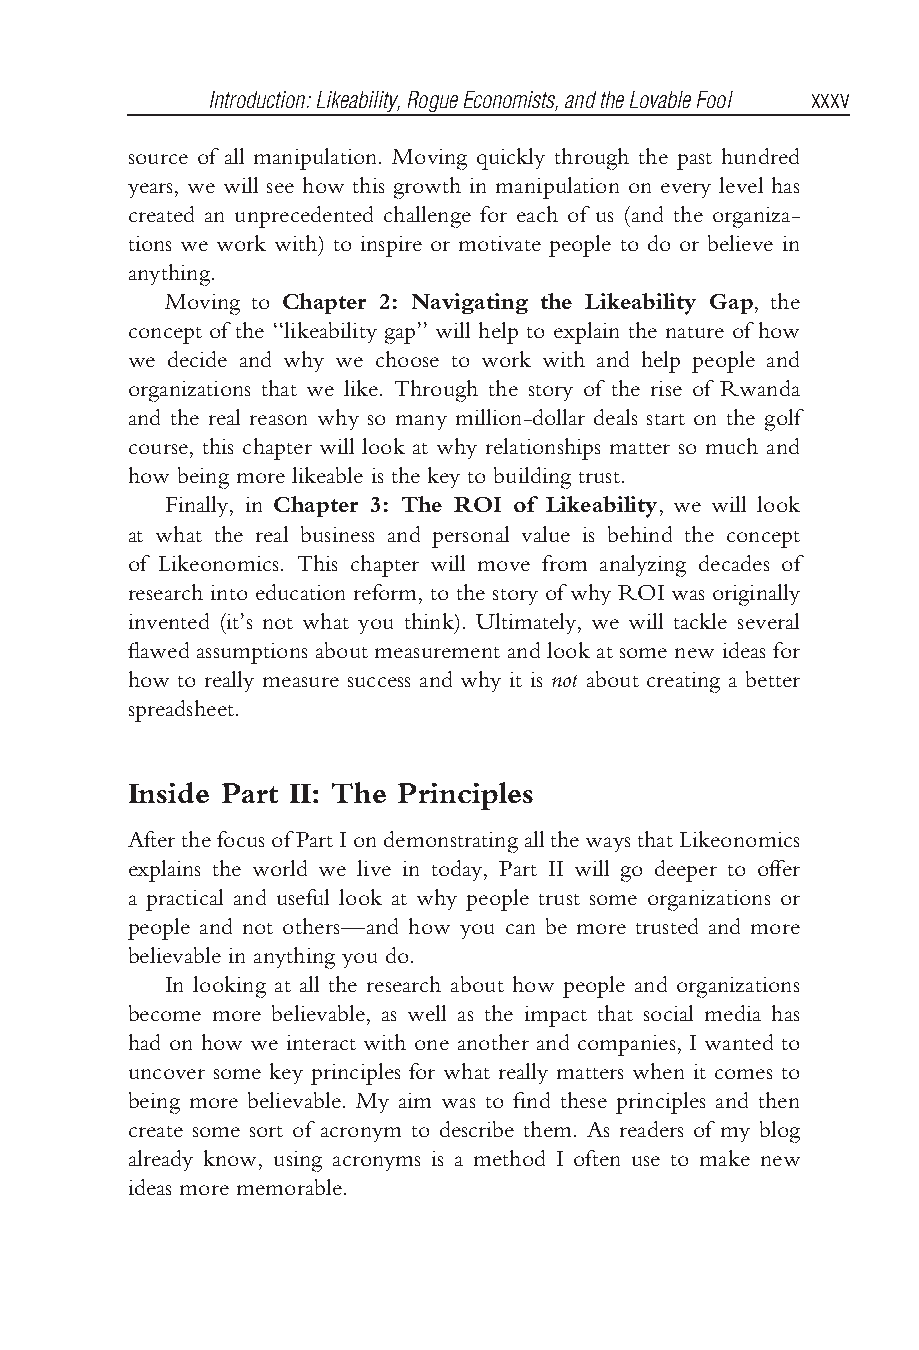
Bhargava flast3.tex V3-04/06/2012 11:22A.M. Pagexxxv
 Introduction:Likeability,RogueEconomists,andtheLovableFool xxxv
 source of all manipulation. Moving quickly through the past hundred
 years, we will see how this growth in manipulation on every level has
 created an unprecedented challenge for each of us (and the organiza-
 tions we work with) to inspire or motivate people to do or believe in
 anything.
 Moving to Chapter 2: Navigating the Likeability Gap, the
 concept of the ‘‘likeability gap’’ will help to explain the nature of how
 we decide and why we choose to work with and help people and
 organizations that we like. Through the story of the rise of Rwanda
 and the real reason why so many million-dollar deals start on the golf
 course, this chapter will look at why relationships matter so much and
 how being more likeable is the key to building trust.
 Finally, in Chapter 3: The ROI of Likeability, we will look
 at what the real business and personal value is behind the concept
 of Likeonomics. This chapter will move from analyzing decades of
 research into education reform, to the story of why ROI was originally
 invented (it’s not what you think). Ultimately, we will tackle several
 flawed assumptions about measurement and look at some new ideas for
 how to really measure success and why it is not about creating a better
 spreadsheet.
 Inside Part II: The Principles
 AfterthefocusofPartIondemonstratingallthewaysthatLikeonomics
 explains the world we live in today, Part II will go deeper to offer
 a practical and useful look at why people trust some organizations or
 people and not others—and how you can be more trusted and more
 believable in anything you do.
 In looking at all the research about how people and organizations
 become more believable, as well as the impact that social media has
 had on how we interact with one another and companies, I wanted to
 uncover some key principles for what really matters when it comes to
 being more believable. My aim was to find these principles and then
 create some sort of acronym to describe them. As readers of my blog
 already know, using acronyms is a method I often use to make new
 ideas more memorable.